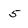
Character: 5